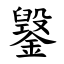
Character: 䥣